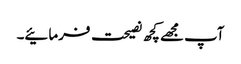
آپ مجھے کچھ نصیحت فرمائیے۔